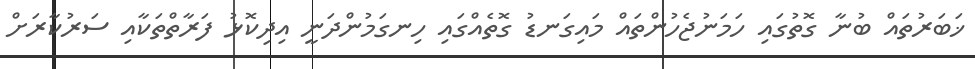
ޚަބަރުތައް ބުނާ ގޮތުގައި ހަމަނުޖެހުންތައް މައިގަނޑު ގޮތެއްގައި ހިނގަމުންދަނީ އިދިކޮޅު ފަރާތްތަކާއި ސަރުކާރަށް